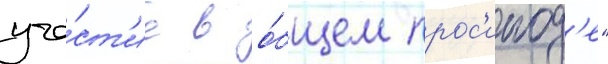
уча́ст'ие в о́бщем прос'инод'е"